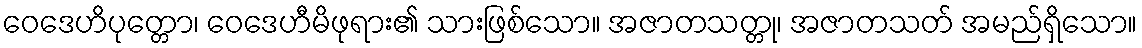
ဝေဒေဟိပုတ္တော၊ ဝေဒေဟီမိဖုရား၏ သားဖြစ်သော။ အဇာတသတ္တု၊ အဇာတသတ် အမည်ရှိသော။